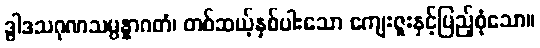
ဒွါဒသဂုဏသမ္ပန္နာဂတံ၊ တစ်ဆယ့်နှစ်ပါးသော ကျေးဇူးနှင့်ပြည့်စုံသော။